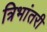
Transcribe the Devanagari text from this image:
त्रिभांतरी